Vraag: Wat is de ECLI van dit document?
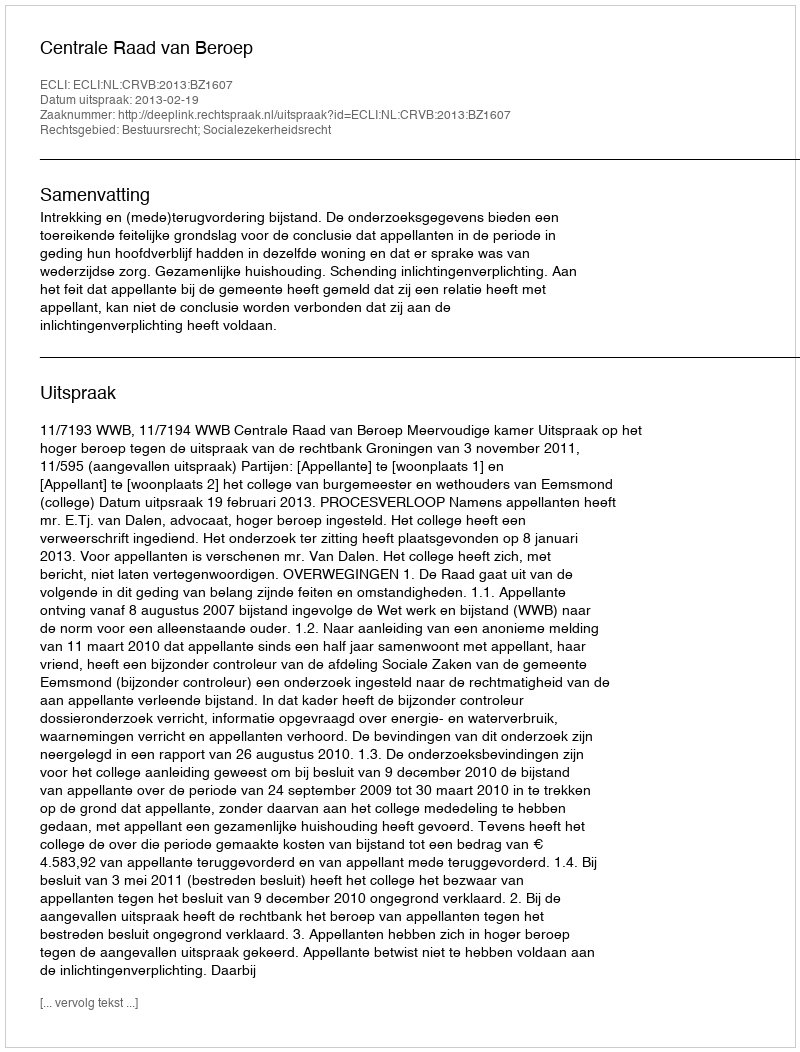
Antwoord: ECLI:NL:CRVB:2013:BZ1607